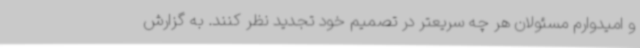
و امیدوارم مسئولان هر چه سریعتر در تصمیم خود تجدید نظر کنند. به گزارش